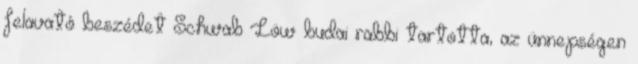
felavató beszédet Schwab Löw budai rabbi tartotta, az ünnepségen